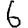
Digit: 6